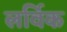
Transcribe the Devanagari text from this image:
लर्विक